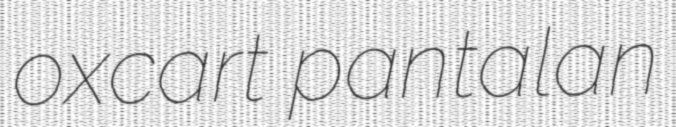
oxcart pantalan